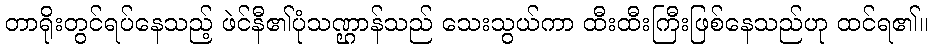
တာရိုးတွင်ရပ်နေသည့် ဖဲင်နီ၏ပုံသဏ္ဌာန်သည် သေးသွယ်ကာ ထီးထီးကြီးဖြစ်နေသည်ဟု ထင်ရ၏။